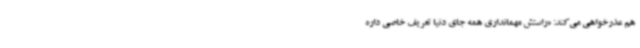
هم عذرخواهی می‌کند: «راستش مهمانداری همه جای دنیا تعریف خاصی داره